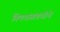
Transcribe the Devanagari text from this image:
विषयांसंबंधीचे